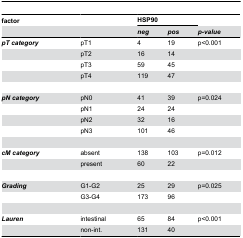
<table><thead><tr><td><b>factor</b></td><td></td><td colspan="2"><b>HSP90</b></td><td></td></tr><tr><td></td><td></td><td><b><i>neg</i></b></td><td><b><i>pos</i></b></td><td><b><i>p-value</i></b></td></tr></thead><tbody><tr><td><b><i>pT</i><i></i><i>category</i></b></td><td>pT1</td><td>4</td><td>19</td><td>p&lt;0.001</td></tr><tr><td></td><td>pT2</td><td>16</td><td>14</td><td></td></tr><tr><td></td><td>pT3</td><td>59</td><td>45</td><td></td></tr><tr><td></td><td>pT4</td><td>119</td><td>47</td><td></td></tr><tr><td><b><i>pN</i><i></i><i>category</i></b></td><td>pN0</td><td>41</td><td>39</td><td>p=0.024</td></tr><tr><td></td><td>pN1</td><td>24</td><td>24</td><td></td></tr><tr><td></td><td>pN2</td><td>32</td><td>16</td><td></td></tr><tr><td></td><td>pN3</td><td>101</td><td>46</td><td></td></tr><tr><td><b><i>cM</i><i></i><i>category</i></b></td><td>absent</td><td>138</td><td>103</td><td>p=0.012</td></tr><tr><td></td><td>present</td><td>60</td><td>22</td><td></td></tr><tr><td><b><i>Grading</i></b></td><td>G1-G2</td><td>25</td><td>29</td><td>p=0.025</td></tr><tr><td></td><td>G3-G4</td><td>173</td><td>96</td><td></td></tr><tr><td><b><i>Lauren</i></b></td><td>intestinal</td><td>65</td><td>84</td><td>p&lt;0.001</td></tr><tr><td></td><td>non-int.</td><td>131</td><td>40</td><td></td></tr></tbody></table>